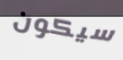
سيكون